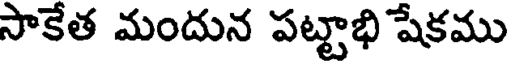
సాకేత మందున పట్టాభి షేకము